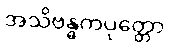
အသိဗန္ဓကပုတ္တော